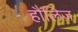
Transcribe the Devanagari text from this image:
हौलिज़